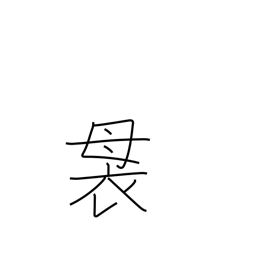
Meaning: top